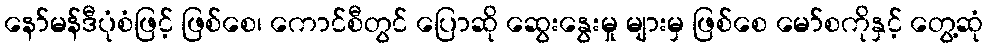
နော်မန်ဒီပုံစံဖြင့် ဖြစ်စေ၊ ကောင်စီတွင် ပြောဆို ဆွေးနွေးမှု များမှ ဖြစ်စေ မော်စကိုနှင့် တွေ့ဆုံ